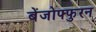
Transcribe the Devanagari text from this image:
बेंजोफ्फुरन